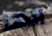
انها